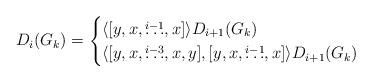
LaTeX: \begin{align*} D_i(G_k) = \begin{cases} \langle [y,x,\overset{i-1}{\ldots},x] \rangle D_{i+1}(G_k) & \\ \langle [y,x,\overset{i-3}{\ldots},x,y], [y,x,\overset{i-1}\ldots,x] \rangle D_{i+1}(G_k) & \end{cases} \end{align*}